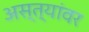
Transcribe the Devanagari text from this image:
अस्त्यांवर